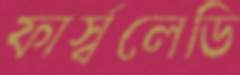
ফার্স্বলেডি